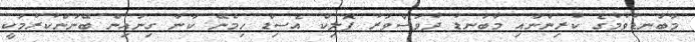
މާބަނޑުވުމުގެ ކުރިންނާއި މާބަނޑު ދުވަސްވަރު ފޮލިކް އެސިޑް ހިމެނޭ ކާނާ ގިނައިން ބޭނުންކުރުމަކީ